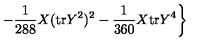
\left. - \frac { 1 } { 2 8 8 } X ( \mathrm { t r } Y ^ { 2 } ) ^ { 2 } - \frac { 1 } { 3 6 0 } X \mathrm { t r } Y ^ { 4 } \right\}